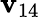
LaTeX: \mathbf{v}_{14}